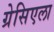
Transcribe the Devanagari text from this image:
ग्रेसिएला